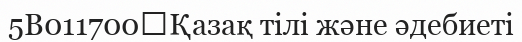
5B011700	Қазақ тілі және әдебиеті